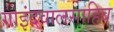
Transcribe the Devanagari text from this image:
गोइंदवालसाहिब